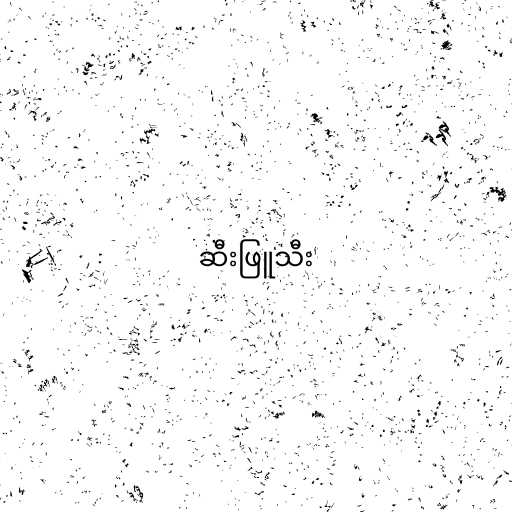
ဆီးဖြူသီး